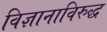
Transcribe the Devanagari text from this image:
विज्ञानाविरुद्ध